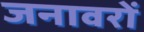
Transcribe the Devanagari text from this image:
जनावरों